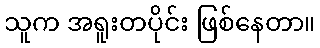
သူက အရူးတပိုင်း ဖြစ်နေတာ။